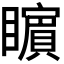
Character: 𭿬